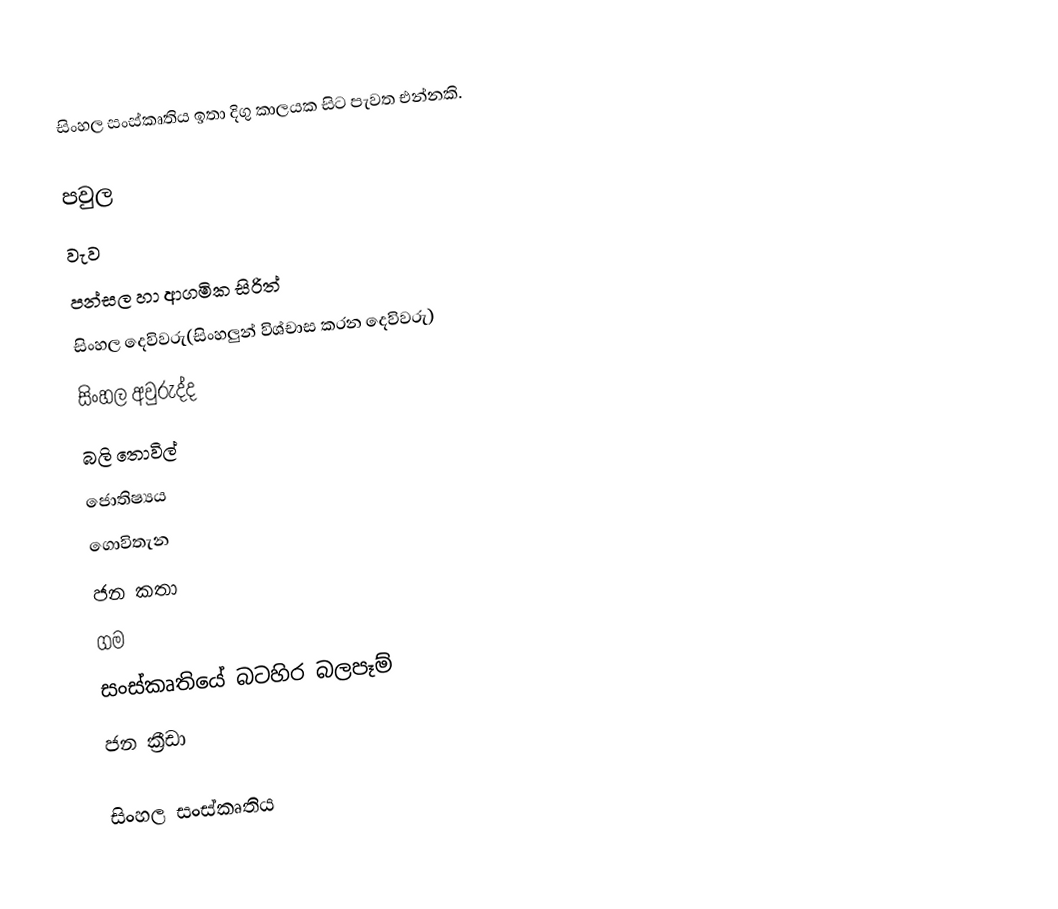
සිංහල සංස්කෘතිය ඉතා දිගු කාලයක සිට පැවත එන්නකි.

පවුල
වැව
පන්සල හා ආගමික සිරිත්
සිංහල දෙවිවරු(සිංහලුන් විශ්චාස කරන දෙවිවරු)
සිංහල අවුරුද්ද
බලි තොවිල්
ජොතිෂ්‍යය
ගොවිතැන
ජන කතා
ගම
සංස්කෘතියේ බටහිර බලපෑම්
ජන ක්‍රීඩා

සිංහල සංස්කෘතිය